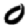
Digit: 0